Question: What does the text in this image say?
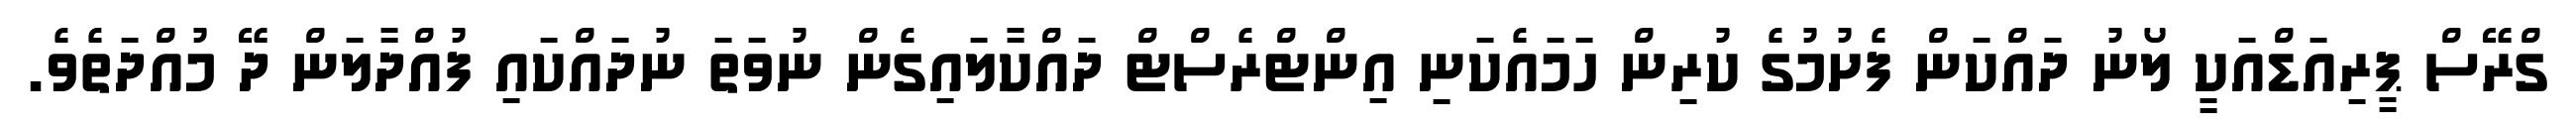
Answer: ގްރޭސް ޕީރިއަޑްއަކީ ލޯނު ދައްކަން ފެށުމުގެ ކުރިން ހަމައެކަނި އިންޓްރެސްޓް ދައްކާލައިގެން ނުވަތަ ނުދައްކައި ފުއްދާލަން ދޭ މުއްދަތެވެ.